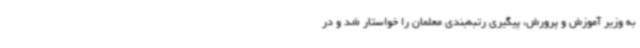
به وزیر آموزش و پرورش، پیگیری رتبه‌بندی معلمان را خواستار شد و در